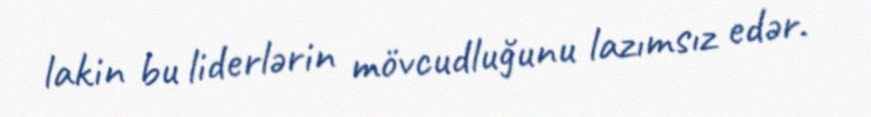
lakin bu liderlərin mövcudluğunu lazımsız edər.